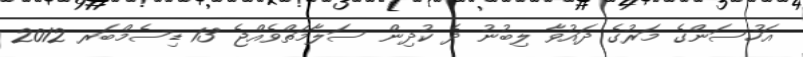
އަހުސަންގެ މަރުގެ ދައުވާ ލިބުނު ދެ ކުދިން ސަލާމަތްވެއްޖެ 13 ޑިސެމްބަރ 2012